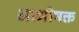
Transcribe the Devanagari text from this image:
आभीषक्त